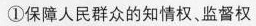
①保障人民群众的知情权、监督权